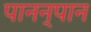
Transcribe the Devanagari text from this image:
पानन्‌पान